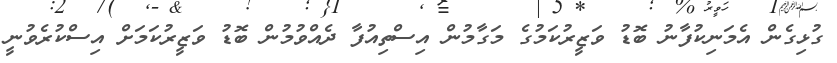
ގުޅިގެން އެމަނިކުފާނު ބޮޑު ވަޒީރުކަމުގެ މަގާމުން އިސްތިއުފާ ދެއްވުމުން ބޮޑު ވަޒީރުކަމަށް އިސްކުރެވުނީ